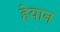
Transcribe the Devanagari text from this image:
हेयान